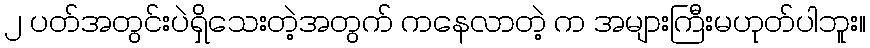
၂ ပတ်အတွင်းပဲရှိသေးတဲ့အတွက် ကနေလာတဲ့ က အများကြီးမဟုတ်ပါဘူး။